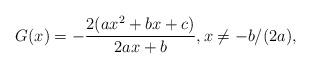
LaTeX: \begin{align*}G(x) = - \frac{2(a x^2 + b x + c)}{2 a x + b}, x \ne -b/(2a),\end{align*}